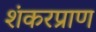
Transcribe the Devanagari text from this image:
शंकरप्राण